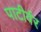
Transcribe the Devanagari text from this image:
पाटीर्वर